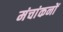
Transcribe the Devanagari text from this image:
मंचांकनों